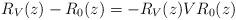
LaTeX: \begin{align*} R_V(z)-R_0(z) = -R_V(z) V R_0(z) \end{align*}